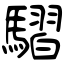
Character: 騽